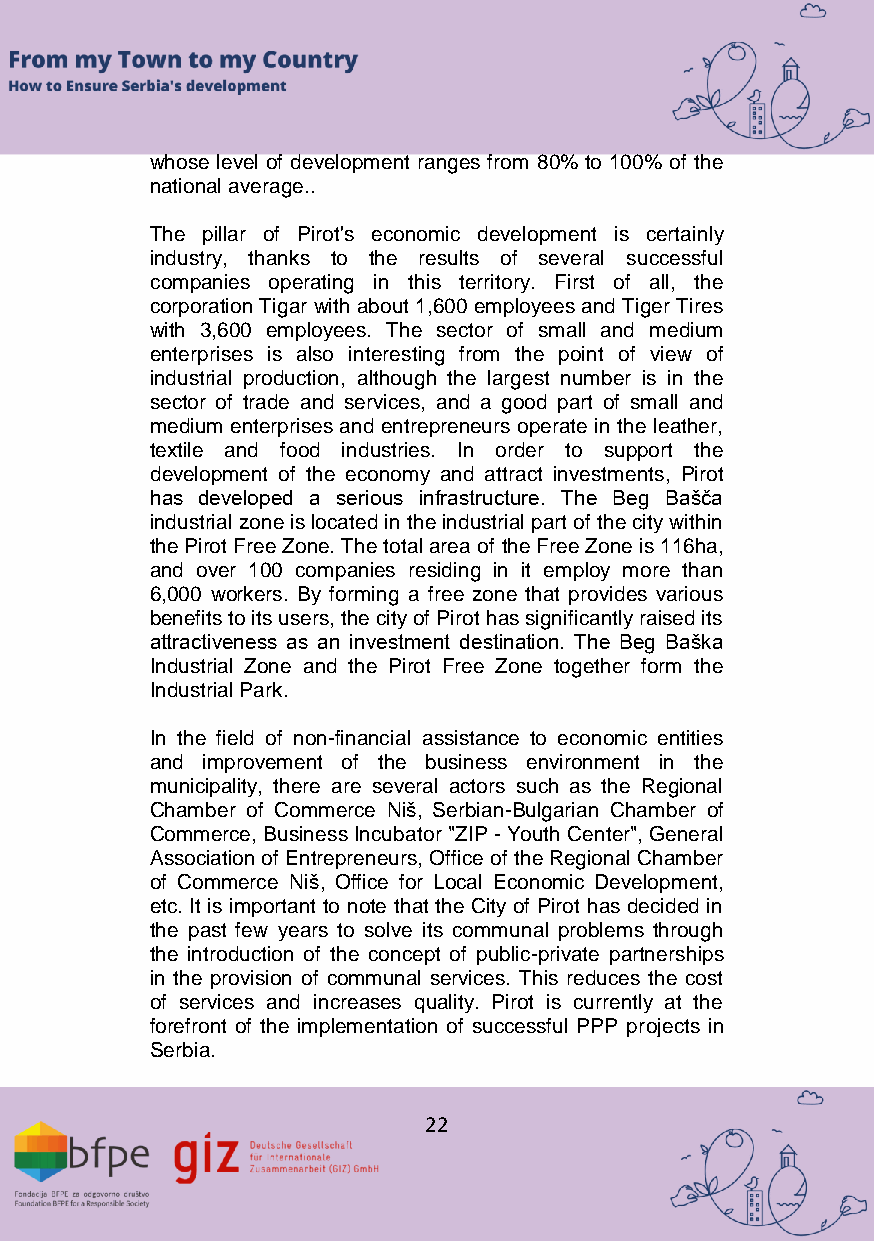
whose level of development ranges from 80% to 100% of the
 national average..
 The pillar of Pirot's economic development is certainly
 industry, thanks to the results of several successful
 companies operating in this territory. First of all, the
 corporation Tigar with about 1,600 employees and Tiger Tires
 with 3,600 employees. The sector of small and medium
 enterprises is also interesting from the point of view of
 industrial production, although the largest number is in the
 sector of trade and services, and a good part of small and
 medium enterprises and entrepreneurs operate in the leather,
 textile and food industries. In order to support the
 development of the economy and attract investments, Pirot
 has developed a serious infrastructure. The Beg Bašča
 industrial zone is located in the industrial part of the city within
 the Pirot Free Zone. The total area of the Free Zone is 116ha,
 and over 100 companies residing in it employ more than
 6,000 workers. By forming a free zone that provides various
 benefits to its users, the city of Pirot has significantly raised its
 attractiveness as an investment destination. The Beg Baška
 Industrial Zone and the Pirot Free Zone together form the
 Industrial Park.
 In the field of non-financial assistance to economic entities
 and improvement of the business environment in the
 municipality, there are several actors such as the Regional
 Chamber of Commerce Niš, Serbian-Bulgarian Chamber of
 Commerce, Business Incubator "ZIP - Youth Center", General
 Association of Entrepreneurs, Office of the Regional Chamber
 of Commerce Niš, Office for Local Economic Development,
 etc. It is important to note that the City of Pirot has decided in
 the past few years to solve its communal problems through
 the introduction of the concept of public-private partnerships
 in the provision of communal services. This reduces the cost
 of services and increases quality. Pirot is currently at the
 forefront of the implementation of successful PPP projects in
 Serbia.
 22